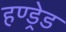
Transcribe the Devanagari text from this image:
हण्ड्रेड